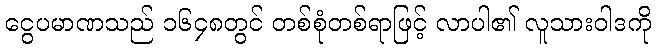
ငွေပမာဏသည် ၁၆၄၈တွင် တစ်စုံတစ်ရာဖြင့် လာပါ၏ လူသားဝါဒကို